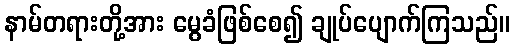
နာမ်တရားတို့အား မွေခံဖြစ်စေ၍ ချုပ်ပျောက်ကြသည်။